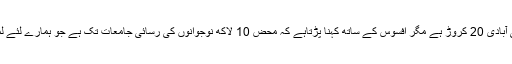
ہمارے ملک کی آبادی 20 کروڑ ہے مگر افسوس کے ساتھ کہنا پڑتاہے کہ محض 10 لاکھ نوجوانوں کی رسائی جامعات تک ہے جو ہمارے لئے لمحہ فکریہ ہے ۔